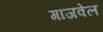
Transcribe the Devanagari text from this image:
गाजवेल